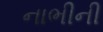
નાભીની